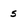
Character: 5